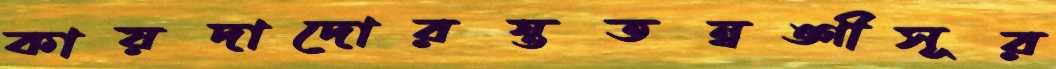
কায়দাদোরস্ততন্বঙ্গীসূর